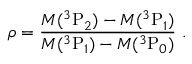
\rho = \frac { M ( { } ^ { 3 } \mathrm { P } _ { 2 } ) - M ( { } ^ { 3 } \mathrm { P } _ { 1 } ) } { M ( { } ^ { 3 } \mathrm { P } _ { 1 } ) - M ( { } ^ { 3 } \mathrm { P } _ { 0 } ) } \ .